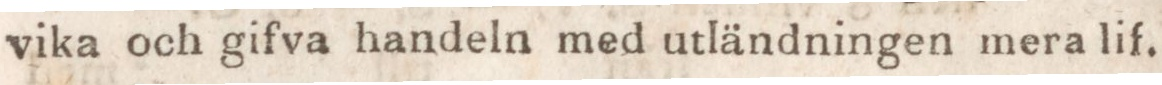
vika och gifva handeln med utländningen mera lif.